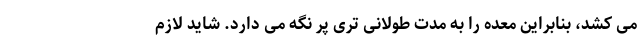
می کشد، بنابراین معده را به مدت طولانی تری پر نگه می دارد. شاید لازم